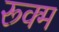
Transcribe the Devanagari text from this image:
रूक्म